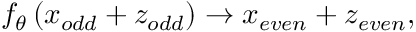
f _ { \theta } \left( x _ { o d d } + z _ { o d d } \right) \rightarrow x _ { e v e n } + z _ { e v e n } ,